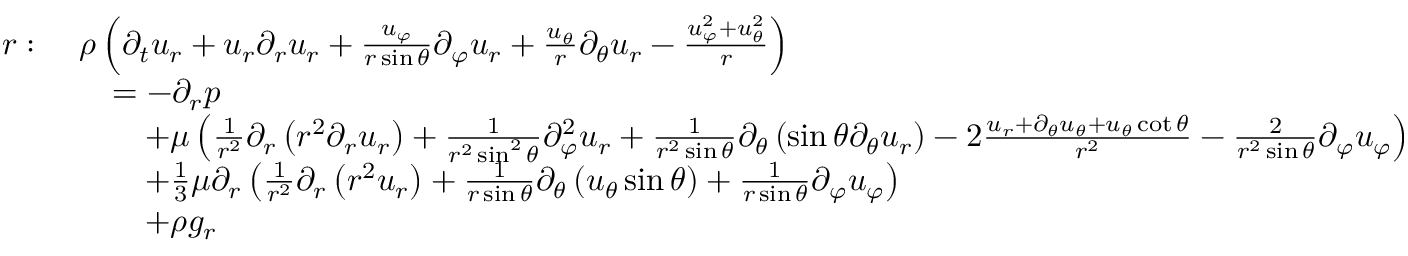
{ \begin{array} { r l } { r : \ } & { \rho \left( { \partial _ { t } u _ { r } } + u _ { r } { \partial _ { r } u _ { r } } + { \frac { u _ { \varphi } } { r \sin \theta } } { \partial _ { \varphi } u _ { r } } + { \frac { u _ { \theta } } { r } } { \partial _ { \theta } u _ { r } } - { \frac { u _ { \varphi } ^ { 2 } + u _ { \theta } ^ { 2 } } { r } } \right) } \\ & { \quad = - { \partial _ { r } p } } \\ & { \qquad + \mu \left( { \frac { 1 } { r ^ { 2 } } } \partial _ { r } \left( r ^ { 2 } { \partial _ { r } u _ { r } } \right) + { \frac { 1 } { r ^ { 2 } \sin ^ { 2 } \theta } } { \partial _ { \varphi } ^ { 2 } u _ { r } } + { \frac { 1 } { r ^ { 2 } \sin \theta } } \partial _ { \theta } \left( \sin \theta { \partial _ { \theta } u _ { r } } \right) - 2 { \frac { u _ { r } + { \partial _ { \theta } u _ { \theta } } + u _ { \theta } \cot \theta } { r ^ { 2 } } } - { \frac { 2 } { r ^ { 2 } \sin \theta } } { \partial _ { \varphi } u _ { \varphi } } \right) } \\ & { \qquad + { \frac { 1 } { 3 } } \mu \partial _ { r } \left( { \frac { 1 } { r ^ { 2 } } } \partial _ { r } \left( r ^ { 2 } u _ { r } \right) + { \frac { 1 } { r \sin \theta } } \partial _ { \theta } \left( u _ { \theta } \sin \theta \right) + { \frac { 1 } { r \sin \theta } } { \partial _ { \varphi } u _ { \varphi } } \right) } \\ & { \qquad + \rho g _ { r } } \end{array} }